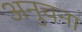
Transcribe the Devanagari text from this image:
अनुचना